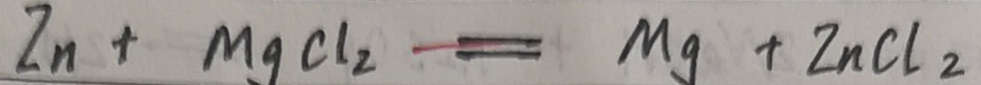
Z n + M g C l _ { 2 } = M g + Z n C l _ { 2 }